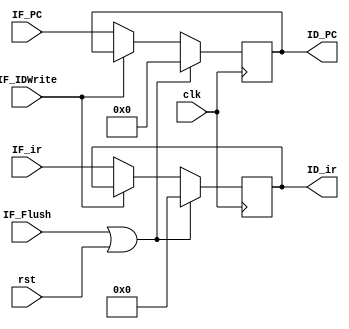
// IF_ID

module IF_ID ( clk,
               rst,
			   // input
			   IF_IDWrite,
			   IF_Flush,
			   IF_PC,
			   IF_ir,
			   // output
			   ID_PC,
			   ID_ir);
	
	parameter pc_size = 18;
	parameter data_size = 32;
	
	input clk, rst;
	input IF_IDWrite, IF_Flush;
	input [pc_size-1:0]   IF_PC; // [17: 0]
	input [data_size-1:0] IF_ir; // [31: 0]
	
	output reg [pc_size-1:0]   ID_PC; // [17: 0]
	output reg [data_size-1:0] ID_ir; // [31: 0]

	// write your code in here

	always @(negedge clk) begin
		if(IF_Flush || rst ) begin
			ID_PC <= 0;
			ID_ir <= 0;
		end
		else if(IF_IDWrite == 1)begin
			ID_PC <= ID_PC;
			ID_ir <= ID_ir;
		end
		else begin
			ID_PC <= IF_PC;
			ID_ir <= IF_ir;
		end
	end

endmodule